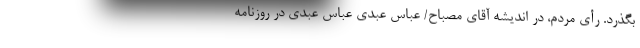
بگذرد. رأی مردم، در اندیشه آقای مصباح/ عباس عبدی عباس عبدی در روزنامه